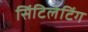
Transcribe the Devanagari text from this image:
सिंटिलेटिंग